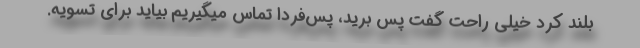
بلند کرد خیلی راحت گفت پس برید، پس‌فردا تماس میگیریم بیاید برای تسویه.